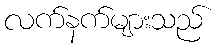
လက်နက်များသည်